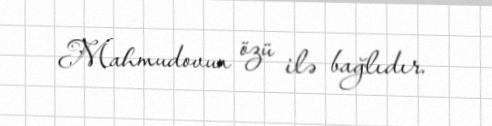
Mahmudovun özü ilə bağlıdır.